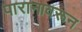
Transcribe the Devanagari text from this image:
पारानावरून